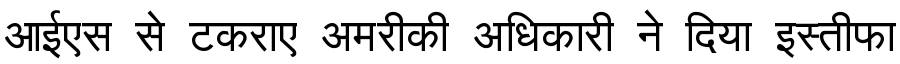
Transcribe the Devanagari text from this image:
आईएस से टकराए अमरीकी अधिकारी ने दिया इस्तीफा